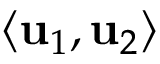
\langle \mathbf { u } _ { 1 } , \mathbf { u } _ { 2 } \rangle